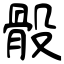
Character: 骰